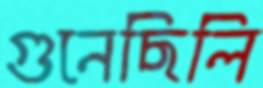
গুনেছিলি